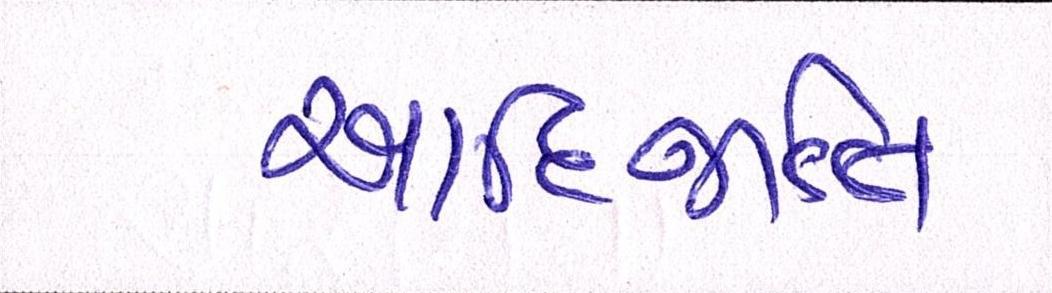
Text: આદિજાતિ